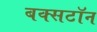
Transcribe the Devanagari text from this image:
बक्सटॉन